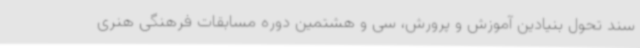
سند تحول بنیادین آموزش و پرورش، سی و هشتمین دوره مسابقات فرهنگی هنری